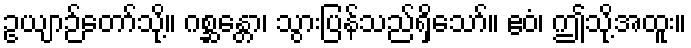
ဥယျာဉ်တော်သို့။ ဂစ္ဆန္တော၊ သွားပြန်သည်ရှိသော်။ ဧဝံ၊ ဤသို့အထူး။